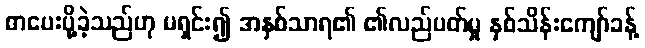
စာပေးပို့ခဲ့သည်ဟု မရှင်း၍ အနှစ်သာရ၏ ၏လည်ပတ်မှု နှစ်သိန်းကျော်ခန့်